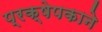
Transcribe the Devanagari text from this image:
प्रक्षेपकाने